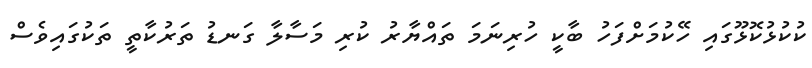
ކުކުޅުކޮޅޫގައި ހޭކުމަށްފަހު ބާކީ ހުރިނަމަ ތައްޔާރު ކުރި މަސާލާ ގަނޑު ތަރުކާތީ ތަކުގައިވެސް